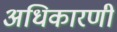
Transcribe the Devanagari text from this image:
अधिकारणी